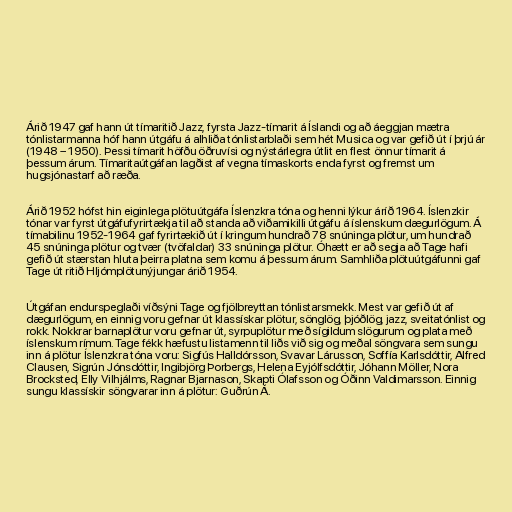
Árið 1947 gaf hann út tímaritið Jazz, fyrsta Jazz-tímarit á Íslandi og að áeggjan mætra
tónlistarmanna hóf hann útgáfu á alhliða tónlistarblaði sem hét Musica og var gefið út í þrjú ár
(1948 – 1950). Þessi tímarit höfðu öðruvísi og nýstárlegra útlit en flest önnur tímarit á
þessum árum. Tímaritaútgáfan lagðist af vegna tímaskorts enda fyrst og fremst um
hugsjónastarf að ræða.

Árið 1952 hófst hin eiginlega plötuútgáfa Íslenzkra tóna og henni lýkur áríð 1964. Íslenzkir
tónar var fyrst útgáfufyrirtækja til að standa að viðamikilli útgáfu á íslenskum dægurlögum. Á
tímabilinu 1952-1964 gaf fyrirtækið út í kringum hundrað 78 snúninga plötur, um hundrað
45 snúninga plötur og tvær (tvöfaldar) 33 snúninga plötur. Óhætt er að segja að Tage hafi
gefið út stærstan hluta þeirra platna sem komu á þessum árum. Samhliða plötuútgáfunni gaf
Tage út ritið Hljómplötunýjungar árið 1954.

Útgáfan endurspeglaði víðsýni Tage og fjölbreyttan tónlistarsmekk. Mest var gefið út af
dægurlögum, en einnig voru gefnar út klassískar plötur, sönglög, þjóðlög, jazz, sveitatónlist og
rokk. Nokkrar barnaplötur voru gefnar út, syrpuplötur með sígildum slögurum og plata með
íslenskum rímum. Tage fékk hæfustu listamenn til liðs við sig og meðal söngvara sem sungu
inn á plötur Íslenzkra tóna voru: Sigfús Halldórsson, Svavar Lárusson, Soffía Karlsdóttir, Alfred
Clausen, Sigrún Jónsdóttir, Ingibjörg Þorbergs, Helena Eyjólfsdóttir, Jóhann Möller, Nora
Brocksted, Elly Vilhjálms, Ragnar Bjarnason, Skapti Ólafsson og Óðinn Valdimarsson. Einnig
sungu klassískir söngvarar inn á plötur: Guðrún Á.